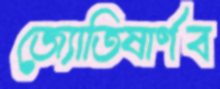
জ্যোতিষার্ণব